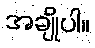
အချိုပါ။